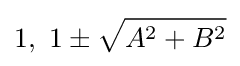
1,\ 1\pm {\sqrt {A^{2}+B^{2}}}